Annual report of the Bengal Veterinary College and of the Civil Veterinary Department, Bengal, for the year 1915-16 - 1915-1916
Year: 1915
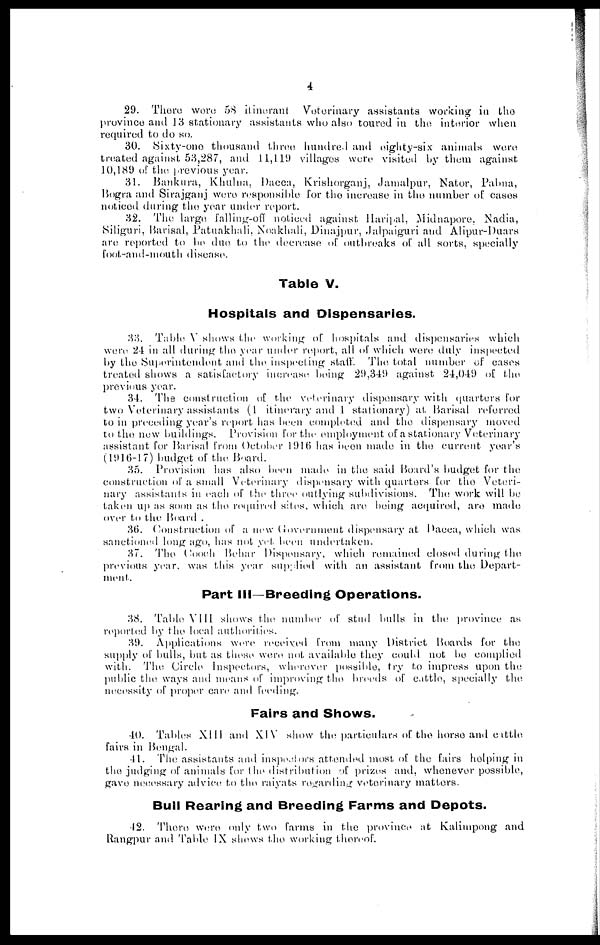
4
29. There were 58 itinerant
Veterinary assistants working in the
province and 13 stationary assistants who also toured in the interior when
required to do so.
30. Sixty-one thousand three hundred and eighty-six animals were
treated against 53,287, and 11,119 villages were visited by them against
10,189 of the previous year.
31. Bankura, Khulna. Dacca, Krishorganj, Jamalpur, Nator, Palma,
Bogra and Sirajganj were responsible for the increase in the number of cases
noticed during the year under report.
32. The large falling-off noticed against Haripal, Midnapore. Nadia,
Siliguri, Barisal, Patuakhali, Noakhali, Dinajpur, Jalpaiguri and Alipur-Duars
are reported to be due to the decrease of outbreaks of all sorts, specially
foot-and-mouth disease.
Table V.
Hospitals and Dispensaries.
33. Table V shows the working of hospitals and dispensaries which
were 24 in all during the year under report, all of which were duly inspected
by the Superintendent and the inspecting staff. The total number of cases
treated shows a satisfactory increase being 29,349 against 24,049 of the
previous year.
34. The construction of the veterinary dispensary with quarters for
two Veterinary assistants (1 itinerary and 1 stationary) at Barisal referred
to in preceding year's report has been completed and the dispensary moved
to the new buildings. Provision for the employment of a stationary Veterinary
assistant for Barisal from October 1916 has been made in the current year's
(1916-17) budget of the Board.
35. Provision has also been made in the said Board's budget for the
construction of a small Veterinary dispensary with quarters for the Veteri-
nary assistants in each of the three outlying subdivisions. The work will be
taken up as soon as the required sites, which are being acquired, are made
over to the Board.
36. Construction of a new Government dispensary at Dacca, which was
sanctioned long ago, has not yet been undertaken.
37. The Cooch Behar Dispensary, which remained closed during the
previous year, was this year supplied with an assistant from the Depart-
ment.
Part III—Breeding Operations.
38. Table VIII shows the number of stud bulls in the province as
reported by the local authorities.
39. Applications were received from many District Boards for the
supply of bulls, but as these were not available they could not be complied
with. The Circle Inspectors, wherever possible, try to impress upon the
public the ways and means of improving the breeds of cattle, specially the
necessity of proper care and feeding.
Fairs and Shows.
40. Tables XIII and XIV show the particulars of the horse and cattle
fairs in Bengal.
41. The assistants and inspectors attended most of the fairs helping in
the judging of animals for the distribution of prizes and, whenever possible,
gave necessary advice to the raiyats regarding veterinary matters.
Bull Rearing and Breeding Farms and Depots.
42. There were only two farms in the province at Kalimpong and
Rangpur and Table IX shews the working thereof.